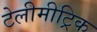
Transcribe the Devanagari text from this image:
टेलीमीट्रिक